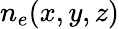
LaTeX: n_{e}(x,y,z)